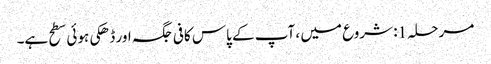
مرحلہ 1: شروع میں ، آپ کے پاس کافی جگہ اور ڈھکی ہوئی سطح ہے۔